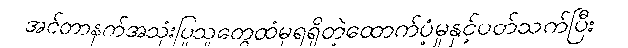
အင်တာနက်အသုံးပြုသူတွေထံမှရရှိတဲ့ထောက်ပံ့မှုနှင့်ပတ်သက်ပြီး